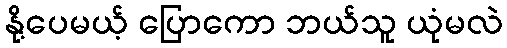
နို့ပေမယ့် ပြောကော ဘယ်သူ ယုံမလဲ